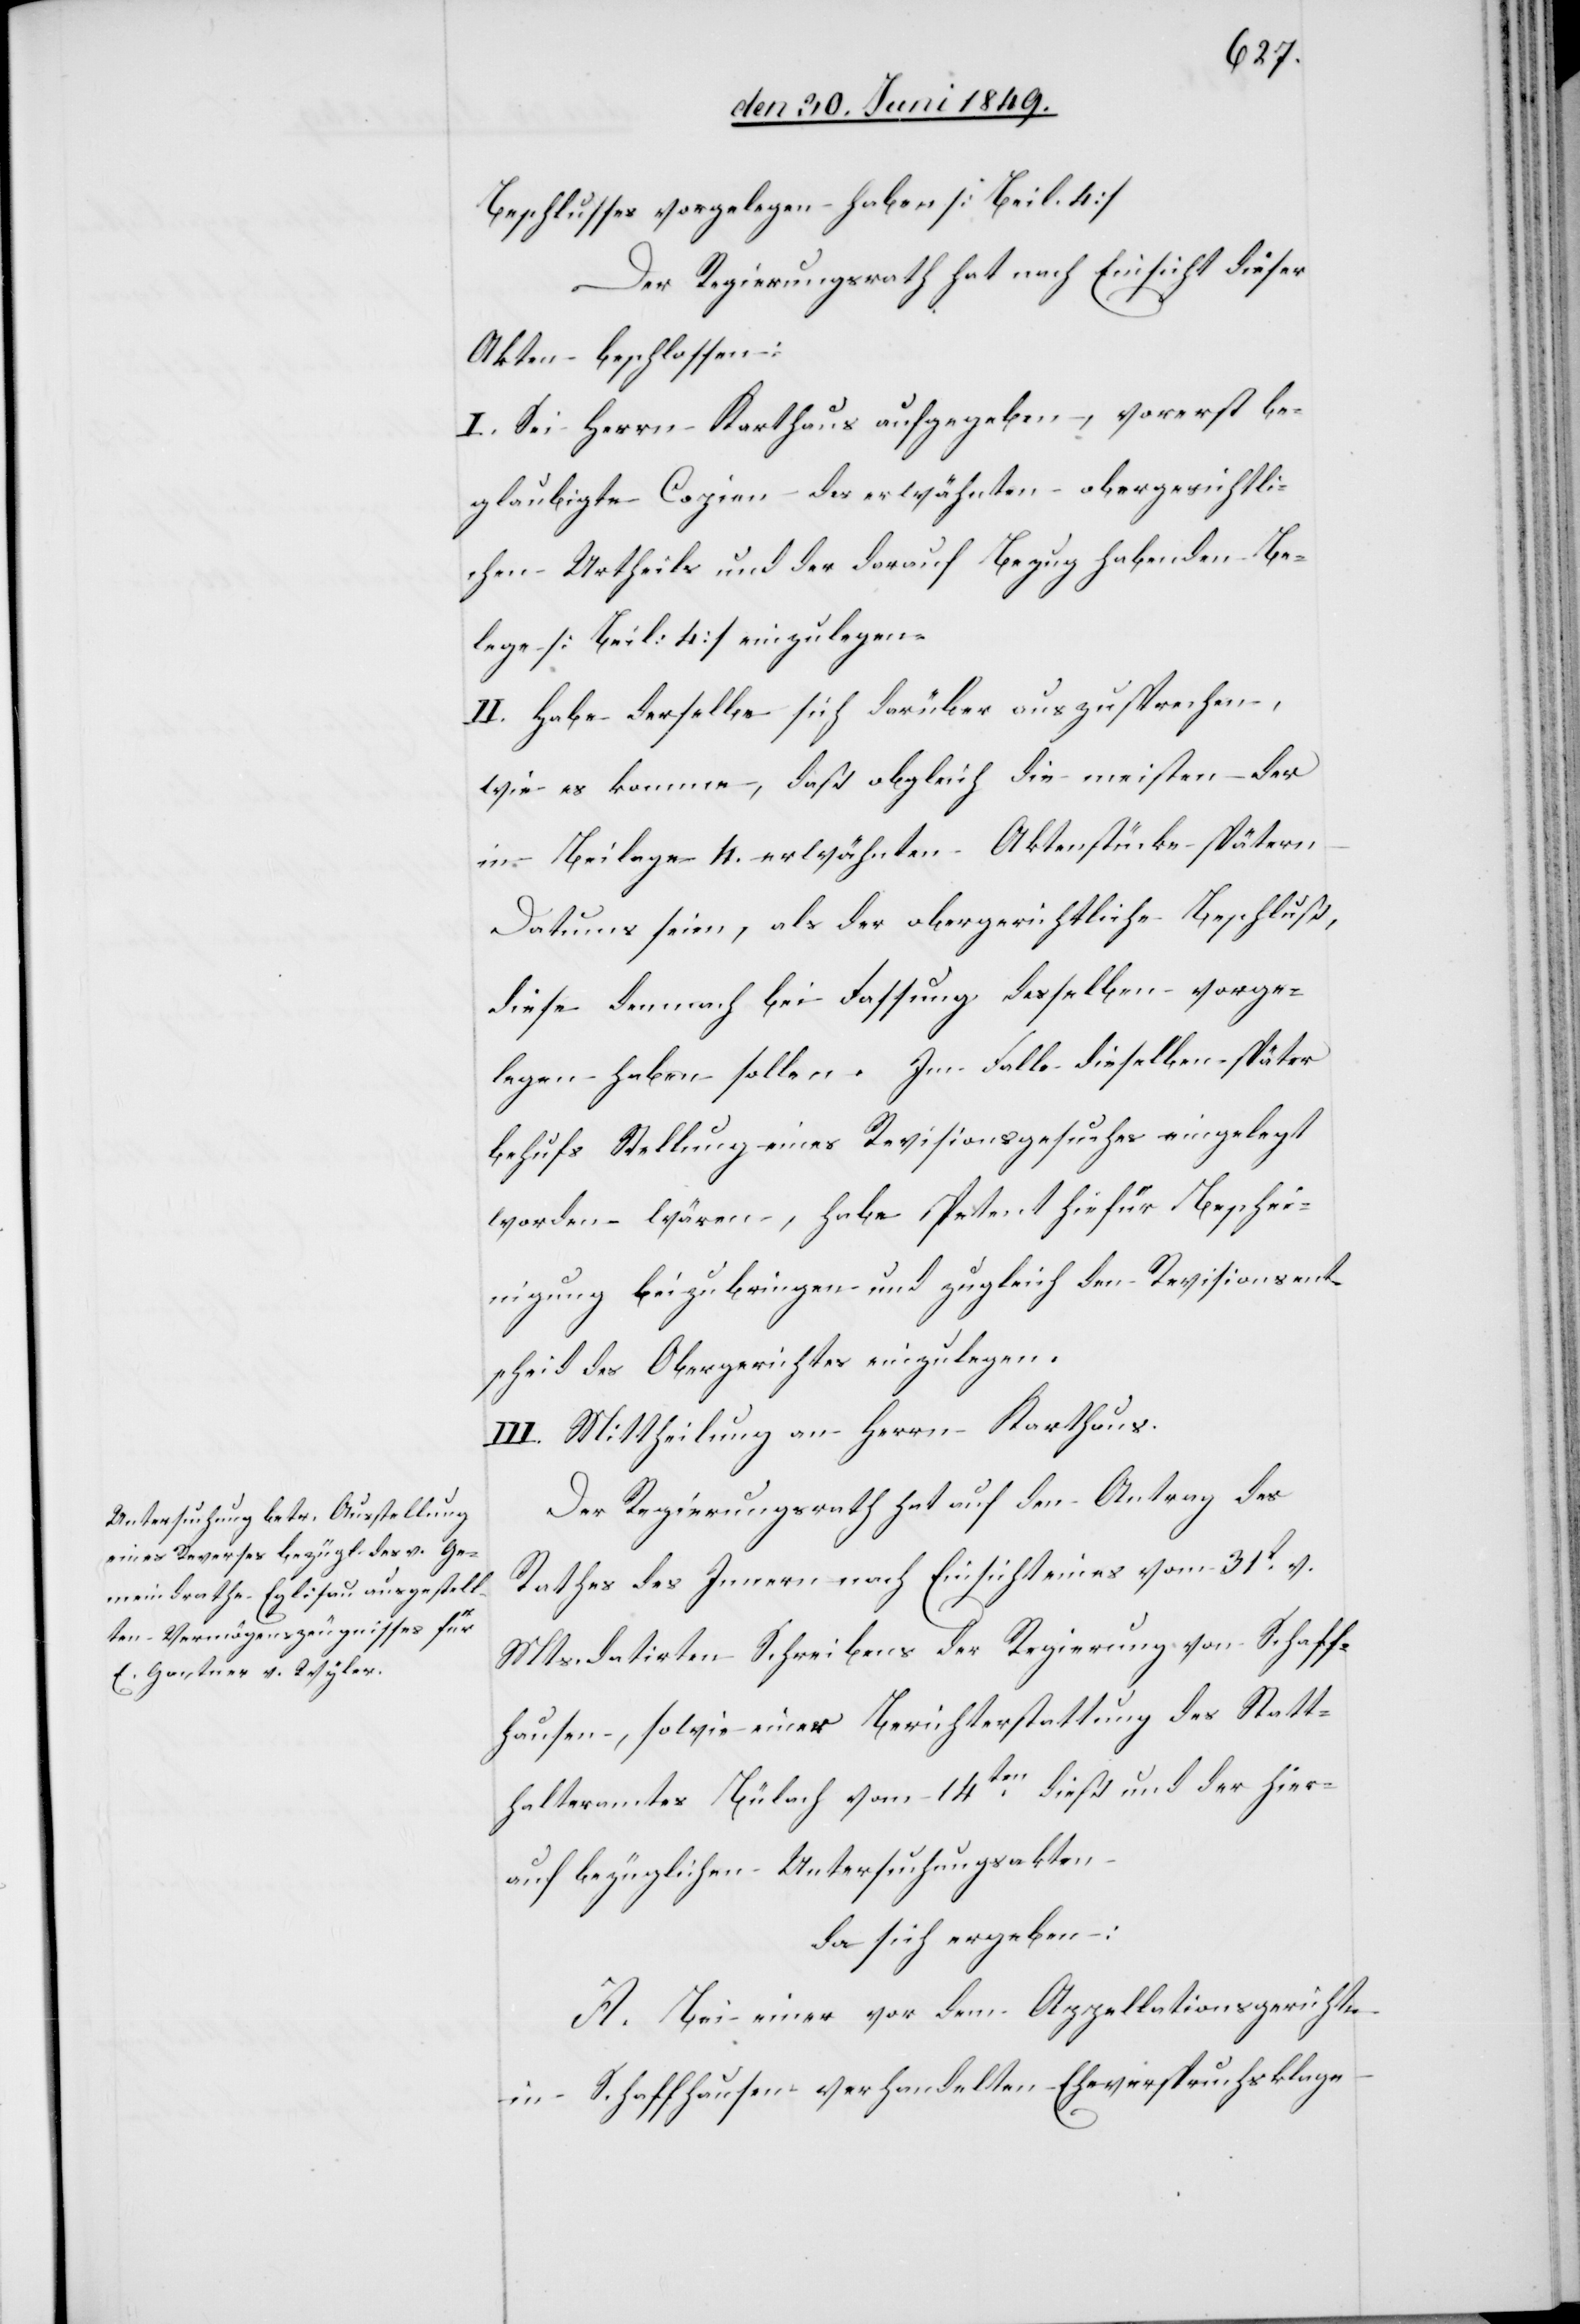
Beschlusses vorgelegen haben [Beil. 4]
Der Regierungsrath hat nach Einsicht dieser
Akten beschlossen:
I. Sei Herrn Karthaus aufgegeben, vorerst be¬
glaubigte Copien des erwähnten obergerichtli¬
chen Urtheils und der darauf Bezug habenden Be¬
lege [Beil: 4] einzulegen.
II. Habe derselbe sich darüber auszusprechen,
wie es komme, daß obgleich die meisten der
in Beilage 4. erwähnten Aktenstücke spätern
Datums seien, als der obergerichtliche Beschluß,
diese demnach bei Fassung desselben vorge¬
legen haben sollen. Im Falle dieselben später
behufs Stellung eines Revisionsgesuches eingelegt
worden wären, habe Petent hiefür Beschei¬
nigung beizubringen und zugleich den Revisionsent¬
scheid des Obergerichtes einzulegen.
III. Mittheilung an Herrn Karthaus.
Der Regierungsrath hat auf den Antrag des
Rathes des Innern nach Einsicht eines vom 31t v.
Mts. datirten Schreibens der Regierung von Schaff¬
hausen, sowie einer Berichterstattung des Statt¬
halteramtes Bülach vom 14ten dieß und der hier¬
auf bezüglichen Untersuchungsakten
da sich ergeben:
A. Bei einer vor dem Appellationsgerichte
in Schaffhausen verhandelten Eheverspruchsklage